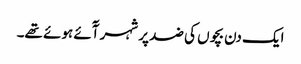
ایک دن بچوں کی ضد پر شہر آٓئے ہوئے تھے۔